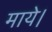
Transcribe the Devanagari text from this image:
माये।